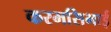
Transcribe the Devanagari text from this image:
करमसिभाई